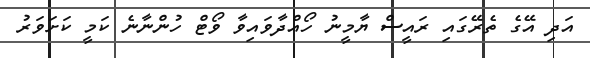
އަދި އޭގެ ތެރޭގައި ރައީސް ޔާމީނު ހޯއްދާވައިވާ ވޯޓް ހުންނާނެ ކަމީ ކަށަވަރު